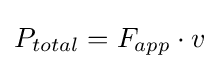
P_{total}=F_{app}\cdot v